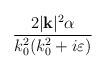
LaTeX: \begin{align*}\frac{2|\mathbf{k}|^{2}\alpha }{k^{2}_{0}(k^{2}_{0}+i\varepsilon )}\end{align*}